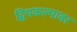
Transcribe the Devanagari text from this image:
द्विपकल्पावर